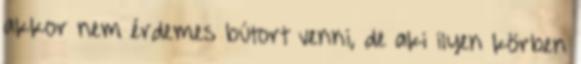
akkor nem érdemes bútort venni, de aki ilyen körben